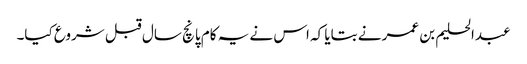
عبدالحلیم بن عمر نے بتایا کہ اس نے یہ کام پانچ سال قبل شروع کیا۔